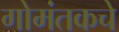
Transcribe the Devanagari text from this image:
गोमंतकचे